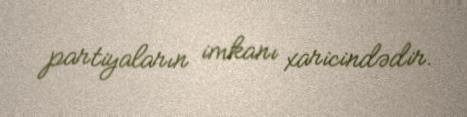
partiyaların imkanı xaricindədir.